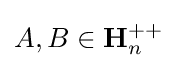
A,B\in \mathbf {H} _{n}^{++}